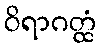
ဝိရာဂတ္ထံ